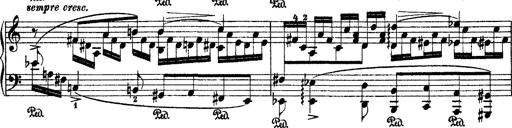
Title: 2 KonzertetÃ¼den
Composer: Franz Liszt